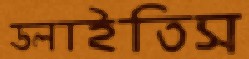
ডলাইতিস